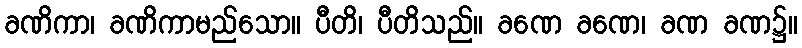
ခဏိကာ၊ ခဏိကာမည်သော။ ပီတိ၊ ပီတိသည်။ ခဏေ ခဏေ၊ ခဏ ခဏ၌။